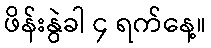
ဖိန်းနွဲခါ ၄ ရက်နေ့။